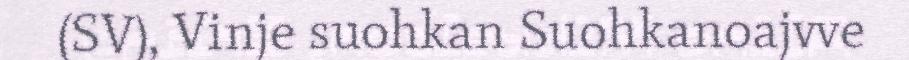
(SV), Vinje suohkan Suohkanoajvve